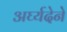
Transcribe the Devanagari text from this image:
अर्घ्यदेने